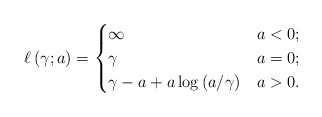
\begin{align*}\ell \left( \gamma ; a \right) = \begin{cases} \infty & a < 0;\\ \gamma & a = 0;\\ \gamma - a + a \log \left( a / \gamma \right) & a > 0. \end{cases} \end{align*}